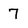
Character: 7